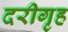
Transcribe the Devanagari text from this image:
दरीगृह